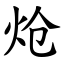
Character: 炝